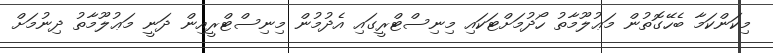
މިކަންކަމާ ބެހޭގޮތުން މަޢުލޫމާތު ހޯދުމަށްޓަކައި މިނިސްޓްރީގައި އެދުމުން މިނިސްޓްރީއިން ދަނީ މަޢުލޫމާތު ދިނުމަށް